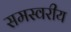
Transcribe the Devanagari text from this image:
समस्वरीय